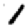
Digit: 1